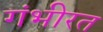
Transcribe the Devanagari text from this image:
गंभीरत